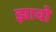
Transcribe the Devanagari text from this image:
झावो